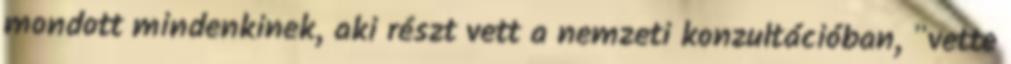
mondott mindenkinek, aki részt vett a nemzeti konzultációban, "vette